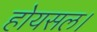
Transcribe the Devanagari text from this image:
होयसल।